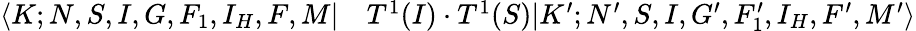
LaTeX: \begin{array}{rl}{\langle K;N,S,I,G,F_{1},I_{H},F,M|}&{{}T^{1}(I)\cdot T^{1}(S)|K^{\prime};N^{\prime},S,I,G^{\prime},F_{1}^{\prime},I_{H},F^{\prime},M^{\prime}\rangle}\end{array}